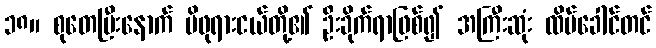
၁၈။ စုတေပြီးနောက် မိဖုရားငယ်တို့၏ ဦးခိုက်ရာဖြစ်၍ အကြီးဆုံး ထိပ်ခေါင်တင်